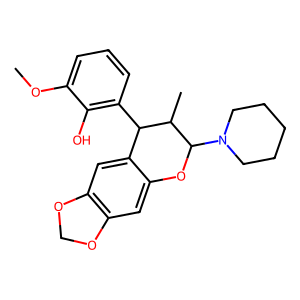
SMILES: COc1cccc(C2c3cc4c(cc3OC(N3CCCCC3)C2C)OCO4)c1O
Inhibits HIV replication: No